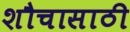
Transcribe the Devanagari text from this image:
शौचासाठी